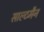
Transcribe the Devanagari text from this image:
साल्टमैन